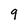
Character: 9